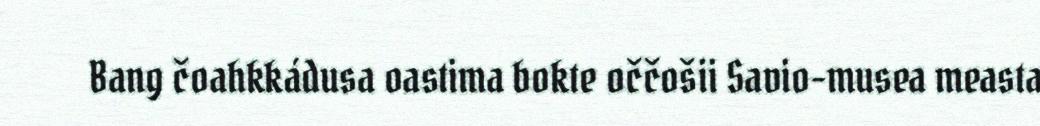
Bang čoahkkádusa oastima bokte oččošii Savio-musea measta